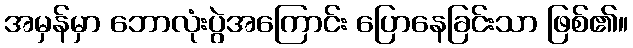
အမှန်မှာ ဘောလုံးပွဲအကြောင်း ပြောနေခြင်းသာ ဖြစ်၏။